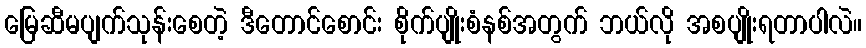
မြေဆီမပျက်သုန်းစေတဲ့ ဒီတောင်စောင်း စိုက်ပျိုးစံနစ်အတွက် ဘယ်လို အစပျိုးရတာပါလဲ။